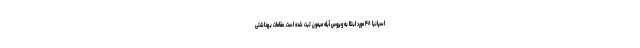
اسپانیا ۴۸ مورد ابتلا به ویروس آبله میمون ثبت شده است. مقامات بهداشتی